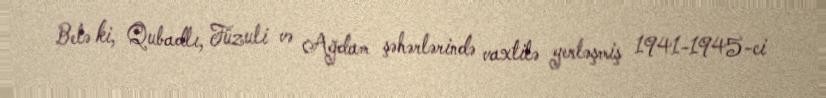
Belə ki, Qubadlı, Füzuli və Ağdam şəhərlərində vaxtilə yerləşmiş 1941-1945-ci